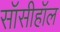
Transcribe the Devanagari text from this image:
सॉसीहॉल